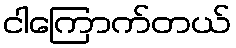
ငါကြောက်တယ်